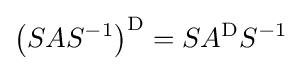
\left(SAS^{-1}\right)^{\mathrm {D} }=SA^{\mathrm {D} }S^{-1}